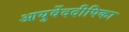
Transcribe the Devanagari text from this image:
आयुर्वेददीपिका